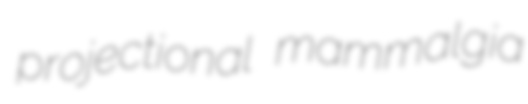
projectional mammalgia